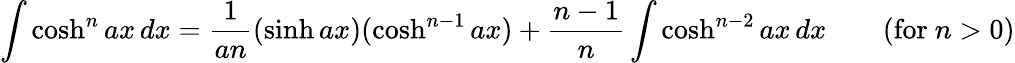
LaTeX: \int\cosh^{n}ax\, dx={\frac{1}{an}}(\sinh ax)(\cosh^{n-1}ax)+{\frac{n-1}{n}}\int\cosh^{n-2}ax\, dx\qquad{\mathrm{(for~}}n>0{\mathrm{)}}